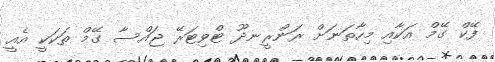
ފޭކް ގޭމް އަކާއި މިހާތަނަށް ރަންރީނދޫ ޓްވިޓަރޭ ޖައްސާ ގޭމް ތަކަކީ އެއީ